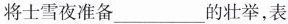
将士雪夜准备___的壮举，表